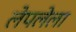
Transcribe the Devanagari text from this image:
लेपलेला